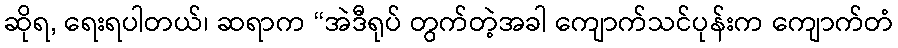
ဆိုရ, ရေးရပါတယ်၊ ဆရာက “အဲဒီရုပ် တွက်တဲ့အခါ ကျောက်သင်ပုန်းက ကျောက်တံ